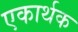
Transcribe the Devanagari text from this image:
एकार्थक